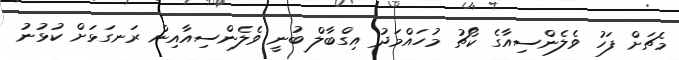
މެޗަށް ފަހު ވެލެންސިއާގެ ކޯޗު މުހައްމަދު އިގްބާލް ބުނީ ވެލެންސިއާއިން ރަނގަޅަށް ކުޅުނު